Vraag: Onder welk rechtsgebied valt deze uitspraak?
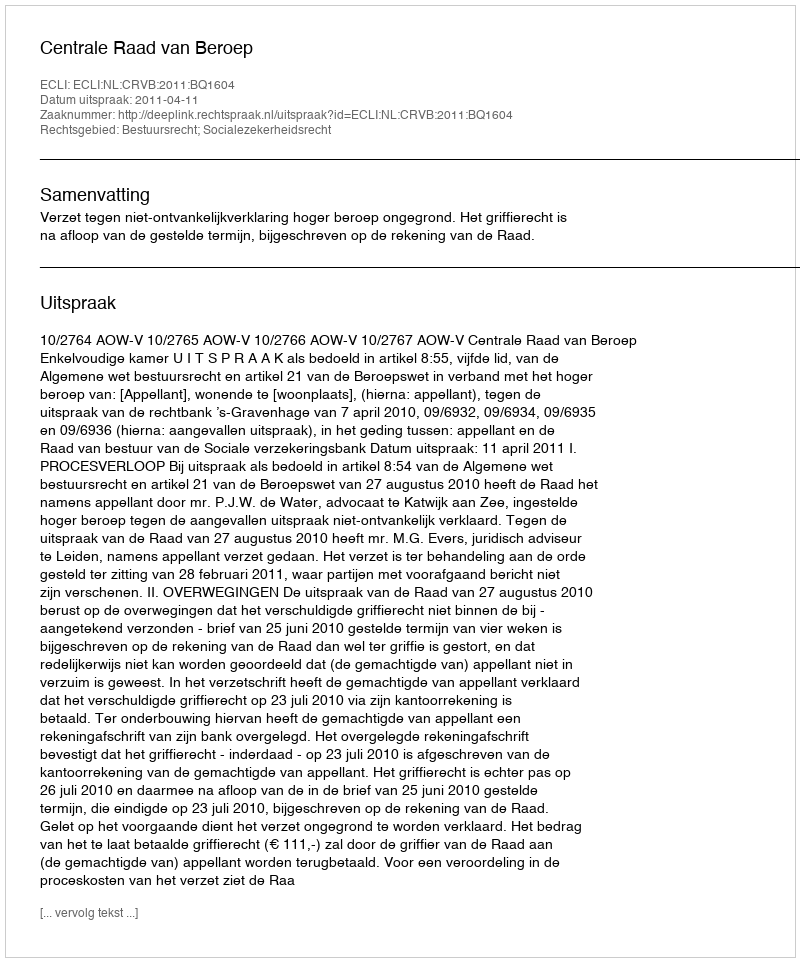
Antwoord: Bestuursrecht; Socialezekerheidsrecht